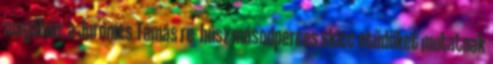
magában: a Juronics Tamás re- húsz másodperces skicc-etűdöket mutatnak